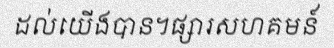
ដល់យើងបាន។ផ្សារសហគមន៍